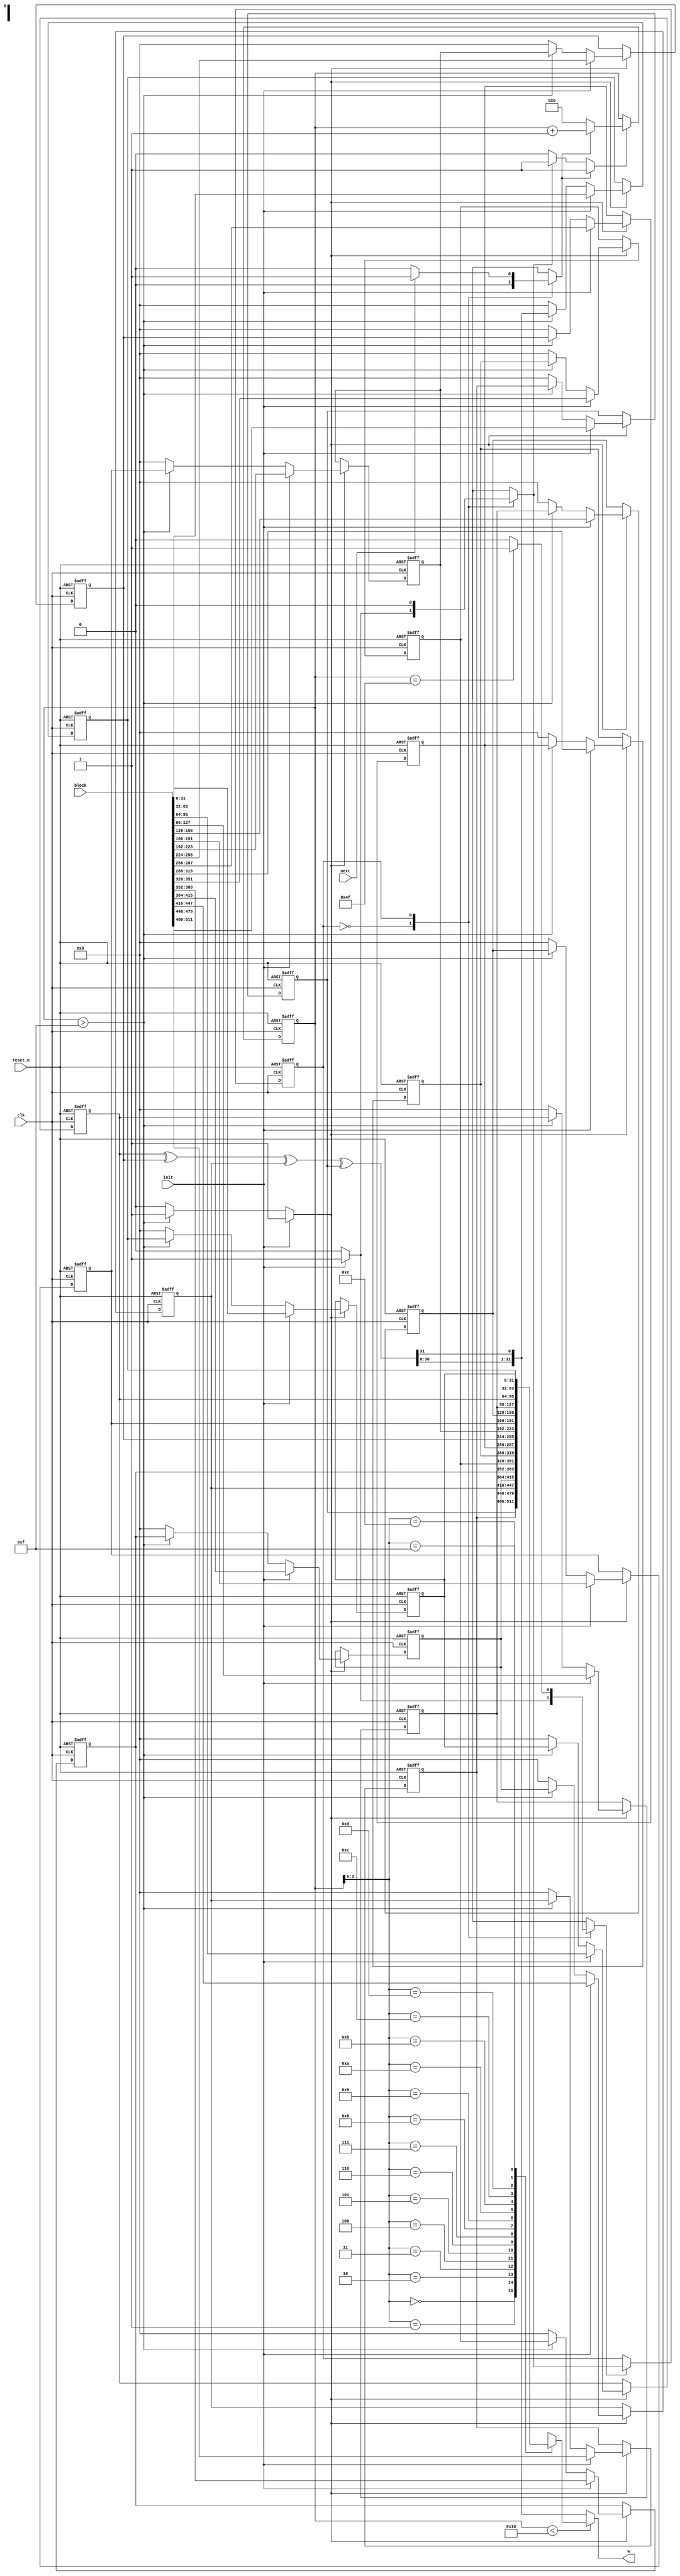
//======================================================================
//
// sha1_w_mem_reg.v
// -----------------
// The SHA-1 W memory. This memory includes functionality to
// expand the block into 80 words.
//
//
// Copyright (c) 2013 Secworks Sweden AB
// All rights reserved.
//
// Redistribution and use in source and binary forms, with or
// without modification, are permitted provided that the following
// conditions are met:
//
// 1. Redistributions of source code must retain the above copyright
//    notice, this list of conditions and the following disclaimer.
//
// 2. Redistributions in binary form must reproduce the above copyright
//    notice, this list of conditions and the following disclaimer in
//    the documentation and/or other materials provided with the
//    distribution.
//
// THIS SOFTWARE IS PROVIDED BY THE COPYRIGHT HOLDERS AND CONTRIBUTORS
// "AS IS" AND ANY EXPRESS OR IMPLIED WARRANTIES, INCLUDING, BUT NOT
// LIMITED TO, THE IMPLIED WARRANTIES OF MERCHANTABILITY AND FITNESS
// FOR A PARTICULAR PURPOSE ARE DISCLAIMED. IN NO EVENT SHALL THE
// COPYRIGHT OWNER OR CONTRIBUTORS BE LIABLE FOR ANY DIRECT, INDIRECT,
// INCIDENTAL, SPECIAL, EXEMPLARY, OR CONSEQUENTIAL DAMAGES (INCLUDING,
// BUT NOT LIMITED TO, PROCUREMENT OF SUBSTITUTE GOODS OR SERVICES;
// LOSS OF USE, DATA, OR PROFITS; OR BUSINESS INTERRUPTION) HOWEVER
// CAUSED AND ON ANY THEORY OF LIABILITY, WHETHER IN CONTRACT,
// STRICT LIABILITY, OR TORT (INCLUDING NEGLIGENCE OR OTHERWISE)
// ARISING IN ANY WAY OUT OF THE USE OF THIS SOFTWARE, EVEN IF
// ADVISED OF THE POSSIBILITY OF SUCH DAMAGE.
//
//======================================================================

module sha1_w_mem(
                  input wire           clk,
                  input wire           reset_n,

                  input wire [511 : 0] block,

                  input wire           init,
                  input wire           next,

                  output wire [31 : 0] w
                 );


  //----------------------------------------------------------------
  // Internal constant and parameter definitions.
  //----------------------------------------------------------------
  parameter SHA1_ROUNDS = 79;

  parameter CTRL_IDLE   = 1'b0;
  parameter CTRL_UPDATE = 1'b1;


  //----------------------------------------------------------------
  // Registers including update variables and write enable.
  //----------------------------------------------------------------
  reg [31 : 0] w_mem [0 : 15];
  reg [31 : 0] w_mem00_new;
  reg [31 : 0] w_mem01_new;
  reg [31 : 0] w_mem02_new;
  reg [31 : 0] w_mem03_new;
  reg [31 : 0] w_mem04_new;
  reg [31 : 0] w_mem05_new;
  reg [31 : 0] w_mem06_new;
  reg [31 : 0] w_mem07_new;
  reg [31 : 0] w_mem08_new;
  reg [31 : 0] w_mem09_new;
  reg [31 : 0] w_mem10_new;
  reg [31 : 0] w_mem11_new;
  reg [31 : 0] w_mem12_new;
  reg [31 : 0] w_mem13_new;
  reg [31 : 0] w_mem14_new;
  reg [31 : 0] w_mem15_new;
  reg          w_mem_we;

  reg [6 : 0] w_ctr_reg;
  reg [6 : 0] w_ctr_new;
  reg         w_ctr_we;
  reg         w_ctr_inc;
  reg         w_ctr_rst;

  reg         sha1_w_mem_ctrl_reg;
  reg         sha1_w_mem_ctrl_new;
  reg         sha1_w_mem_ctrl_we;


  //----------------------------------------------------------------
  // Wires.
  //----------------------------------------------------------------
  reg [31 : 0] w_tmp;
  reg [31 : 0] w_new;


  //----------------------------------------------------------------
  // Concurrent connectivity for ports etc.
  //----------------------------------------------------------------
  assign w = w_tmp;


  //----------------------------------------------------------------
  // reg_update
  //
  // Update functionality for all registers in the core.
  // All registers are positive edge triggered with
  // asynchronous active low reset.
  //----------------------------------------------------------------
  always @ (posedge clk or negedge reset_n)
    begin : reg_update
      if (!reset_n)
        begin
          w_mem[00]           <= 32'h00000000;
          w_mem[01]           <= 32'h00000000;
          w_mem[02]           <= 32'h00000000;
          w_mem[03]           <= 32'h00000000;
          w_mem[04]           <= 32'h00000000;
          w_mem[05]           <= 32'h00000000;
          w_mem[06]           <= 32'h00000000;
          w_mem[07]           <= 32'h00000000;
          w_mem[08]           <= 32'h00000000;
          w_mem[09]           <= 32'h00000000;
          w_mem[10]           <= 32'h00000000;
          w_mem[11]           <= 32'h00000000;
          w_mem[12]           <= 32'h00000000;
          w_mem[13]           <= 32'h00000000;
          w_mem[14]           <= 32'h00000000;
          w_mem[15]           <= 32'h00000000;
          w_ctr_reg           <= 7'h00;
          sha1_w_mem_ctrl_reg <= CTRL_IDLE;
        end
      else
        begin
          if (w_mem_we)
            begin
              w_mem[00] <= w_mem00_new;
              w_mem[01] <= w_mem01_new;
              w_mem[02] <= w_mem02_new;
              w_mem[03] <= w_mem03_new;
              w_mem[04] <= w_mem04_new;
              w_mem[05] <= w_mem05_new;
              w_mem[06] <= w_mem06_new;
              w_mem[07] <= w_mem07_new;
              w_mem[08] <= w_mem08_new;
              w_mem[09] <= w_mem09_new;
              w_mem[10] <= w_mem10_new;
              w_mem[11] <= w_mem11_new;
              w_mem[12] <= w_mem12_new;
              w_mem[13] <= w_mem13_new;
              w_mem[14] <= w_mem14_new;
              w_mem[15] <= w_mem15_new;
            end

          if (w_ctr_we)
            begin
              w_ctr_reg <= w_ctr_new;
            end

          if (sha1_w_mem_ctrl_we)
            begin
              sha1_w_mem_ctrl_reg <= sha1_w_mem_ctrl_new;
            end

        end
    end // reg_update


  //----------------------------------------------------------------
  // select_w
  //
  // W word selection logic. Returns either directly from the
  // memory or the next w value calculated.
  //----------------------------------------------------------------
  always @*
    begin : select_w
      if (w_ctr_reg < 16)
        begin
          w_tmp = w_mem[w_ctr_reg[3 : 0]];
        end
      else
        begin
          w_tmp = w_new;
        end
    end // select_w


  //----------------------------------------------------------------
  // w_mem_update_logic
  //
  // Update logic for the W memory. This is where the scheduling
  // based on a sliding window is implemented.
  //----------------------------------------------------------------
  always @*
    begin : w_mem_update_logic
      reg [31 : 0] w_0;
      reg [31 : 0] w_2;
      reg [31 : 0] w_8;
      reg [31 : 0] w_13;
      reg [31 : 0] w_16;

      w_mem00_new = 32'h00000000;
      w_mem01_new = 32'h00000000;
      w_mem02_new = 32'h00000000;
      w_mem03_new = 32'h00000000;
      w_mem04_new = 32'h00000000;
      w_mem05_new = 32'h00000000;
      w_mem06_new = 32'h00000000;
      w_mem07_new = 32'h00000000;
      w_mem08_new = 32'h00000000;
      w_mem09_new = 32'h00000000;
      w_mem10_new = 32'h00000000;
      w_mem11_new = 32'h00000000;
      w_mem12_new = 32'h00000000;
      w_mem13_new = 32'h00000000;
      w_mem14_new = 32'h00000000;
      w_mem15_new = 32'h00000000;
      w_mem_we    = 0;

      w_0   = w_mem[0];
      w_2   = w_mem[2];
      w_8   = w_mem[8];
      w_13  = w_mem[13];
      w_16  = w_13 ^ w_8 ^ w_2 ^ w_0;
      w_new = {w_16[30 : 0], w_16[31]};

      if (init)
        begin
          w_mem00_new = block[511 : 480];
          w_mem01_new = block[479 : 448];
          w_mem02_new = block[447 : 416];
          w_mem03_new = block[415 : 384];
          w_mem04_new = block[383 : 352];
          w_mem05_new = block[351 : 320];
          w_mem06_new = block[319 : 288];
          w_mem07_new = block[287 : 256];
          w_mem08_new = block[255 : 224];
          w_mem09_new = block[223 : 192];
          w_mem10_new = block[191 : 160];
          w_mem11_new = block[159 : 128];
          w_mem12_new = block[127 :  96];
          w_mem13_new = block[95  :  64];
          w_mem14_new = block[63  :  32];
          w_mem15_new = block[31  :   0];
          w_mem_we    = 1;
        end

      else if (w_ctr_reg > 15)
        begin
          w_mem00_new = w_mem[01];
          w_mem01_new = w_mem[02];
          w_mem02_new = w_mem[03];
          w_mem03_new = w_mem[04];
          w_mem04_new = w_mem[05];
          w_mem05_new = w_mem[06];
          w_mem06_new = w_mem[07];
          w_mem07_new = w_mem[08];
          w_mem08_new = w_mem[09];
          w_mem09_new = w_mem[10];
          w_mem10_new = w_mem[11];
          w_mem11_new = w_mem[12];
          w_mem12_new = w_mem[13];
          w_mem13_new = w_mem[14];
          w_mem14_new = w_mem[15];
          w_mem15_new = w_new;
          w_mem_we    = 1;
        end
    end // w_mem_update_logic


  //----------------------------------------------------------------
  // w_ctr
  //
  // W schedule adress counter. Counts from 0x10 to 0x3f and
  // is used to expand the block into words.
  //----------------------------------------------------------------
  always @*
    begin : w_ctr
      w_ctr_new = 7'h00;
      w_ctr_we  = 0;

      if (w_ctr_rst)
        begin
          w_ctr_new = 7'h00;
          w_ctr_we  = 1;
        end

      if (w_ctr_inc)
        begin
          w_ctr_new = w_ctr_reg + 7'h01;
          w_ctr_we  = 1;
        end
    end // w_ctr


  //----------------------------------------------------------------
  // sha1_w_mem_fsm
  //
  // Logic for the w shedule FSM.
  //----------------------------------------------------------------
  always @*
    begin : sha1_w_mem_fsm
      w_ctr_rst           = 0;
      w_ctr_inc           = 0;
      sha1_w_mem_ctrl_new = CTRL_IDLE;
      sha1_w_mem_ctrl_we  = 0;

      case (sha1_w_mem_ctrl_reg)
        CTRL_IDLE:
          begin
            if (init)
              begin
                w_ctr_rst           = 1;
                sha1_w_mem_ctrl_new = CTRL_UPDATE;
                sha1_w_mem_ctrl_we  = 1;
              end
          end

        CTRL_UPDATE:
          begin
            if (next)
              begin
                w_ctr_inc = 1;
              end

            if (w_ctr_reg == SHA1_ROUNDS)
              begin
                sha1_w_mem_ctrl_new = CTRL_IDLE;
                sha1_w_mem_ctrl_we  = 1;
              end
          end
      endcase // case (sha1_ctrl_reg)
    end // sha1_ctrl_fsm
endmodule // sha1_w_mem

//======================================================================
// sha1_w_mem.v
//======================================================================